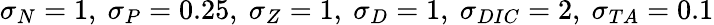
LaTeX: \sigma_{N}=1,~\sigma_{P}=0.25,~\sigma_{Z}=1,~\sigma_{D}=1,~\sigma_{DIC}=2,~\sigma_{TA}=0.1